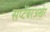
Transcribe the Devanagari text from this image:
सप्टेंबरअखेर